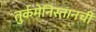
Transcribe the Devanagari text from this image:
तुर्कमेनिस्तानची